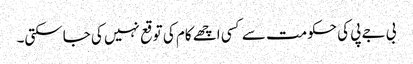
بی جے پی کی حکومت سے کسی اچھے کام کی توقع نہیں کی جاسکتی۔